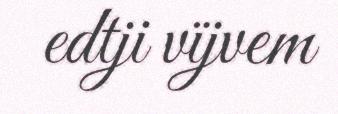
edtji vïjvem